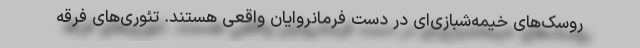
روسک‌های خیمه‌شبازی‌ای در دست فرمانروایان واقعی هستند. تئوری‌های فرقه